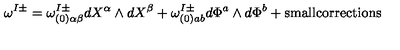
\omega ^ { I \pm } = \omega _ { ( 0 ) \alpha \beta } ^ { I \pm } d X ^ { \alpha } \wedge d X ^ { \beta } + \omega _ { ( 0 ) a b } ^ { I \pm } d \Phi ^ { a } \wedge d \Phi ^ { b } + \mathrm { s m a l l c o r r e c t i o n s }